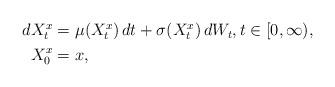
LaTeX: \begin{align*}\begin{aligned}dX^x_t & = \mu(X^x_t) \, dt + \sigma(X^x_t) \, dW_t, t\in [0,\infty),\\X^x_0 & = x,\end{aligned}\end{align*}